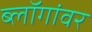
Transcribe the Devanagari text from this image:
ब्लॉगांवर